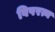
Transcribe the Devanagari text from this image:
विषरत्न